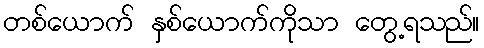
တစ်ယောက် နှစ်ယောက်ကိုသာ တွေ့ရသည်။